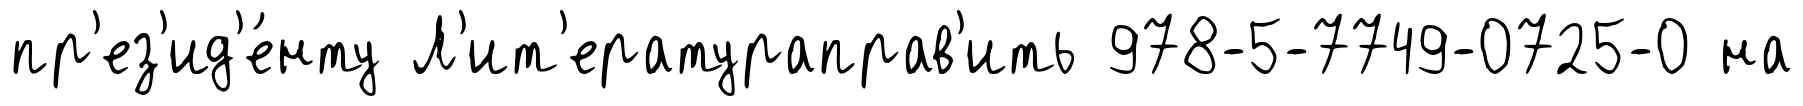
пр'ез'ид'е́нту Л'ит'ератураправ'ить 978-5-7749-0725-0 на